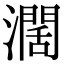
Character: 濶